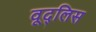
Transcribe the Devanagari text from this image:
वूद्लिस